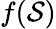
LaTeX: f(\mathcal{S})